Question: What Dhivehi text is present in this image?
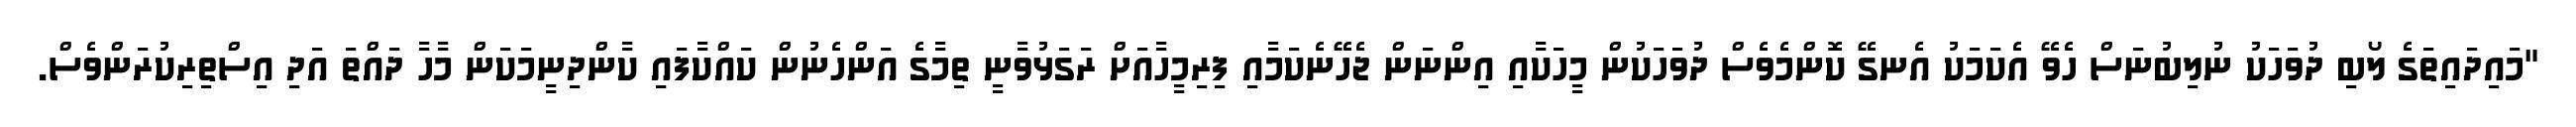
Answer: "މައިދައިތަގެ ލޯބި ދުވަހަކު ނުލިބުނަސް ހެވޭ އެކަމަކު އެނގޭ ކޮންމެވެސް ދުވަހަކުން މީހަކާއި އިންނަން ޖެހޭނެކަމާއި ފިރިމީހާއަށް ރަގަޅުވާނީ ތިމާގެ އަންހެނުން ކައްކާފައި ކާންދިނީމަކަން މާހާ ދައްތަ އަދި އިސްތިރިކުރަންވެސް.